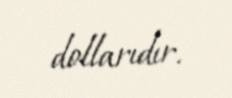
dollarıdır.